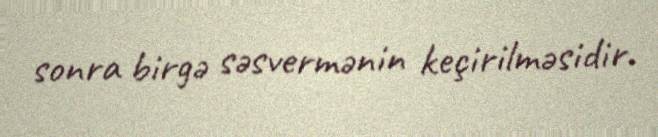
sonra birgə səsvermənin keçirilməsidir.